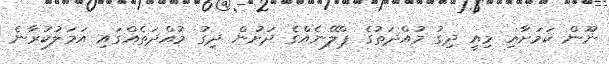
ނޫން ކަމަށާއި މިއީ ދިގު މުއްދަތުގެ ޕްލޭނެއްގެ ދަށުން ދިގު މުއްދަތެއްގައި އަމަލުކުރާނެ